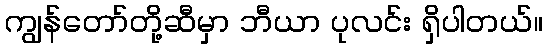
ကျွန်တော်တို့ဆီမှာ ဘီယာ ပုလင်း ရှိပါတယ်။